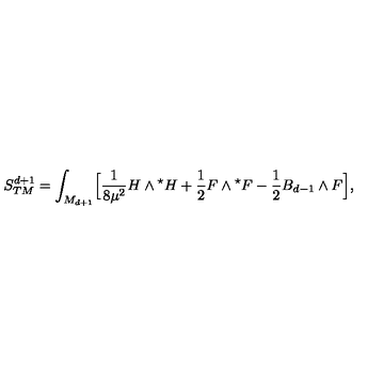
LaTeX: S _ { T M } ^ { d + 1 } = \int _ { M _ { d + 1 } } \Bigl [ { \frac { 1 } { 8 \mu ^ { 2 } } } H \wedge { } ^ { \star } H + { \frac { 1 } { 2 } } F \wedge { } ^ { \star } F - { \frac { 1 } { 2 } } B _ { d - 1 } \wedge F \Bigl ] ,